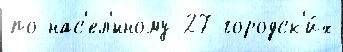
по нас'ел'́нному 27 городск'и́х